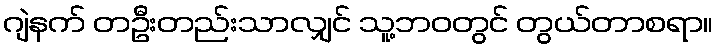
ဂျဲနက် တဦးတည်းသာလျှင် သူ့ဘဝတွင် တွယ်တာစရာ။